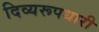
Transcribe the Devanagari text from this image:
दिव्यरूपधारी